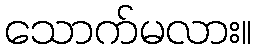
သောက်မလား။